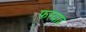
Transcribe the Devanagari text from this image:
फरयाद